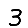
Digit: 3